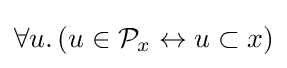
\forall u.\left(u\in {\mathcal {P}}_{x}\leftrightarrow u\subset x\right)